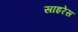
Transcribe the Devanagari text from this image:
साइरेंस